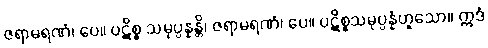
ဇရာမရဏံ၊ ပေ။ ပဋိစ္စ သမုပ္ပန္နန္တိ၊ ဇရာမရဏံ၊ ပေ။ ပဋိစ္စသမုပ္ပန္နံဟူသော။ ဣဒံ